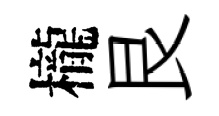
櫳艮